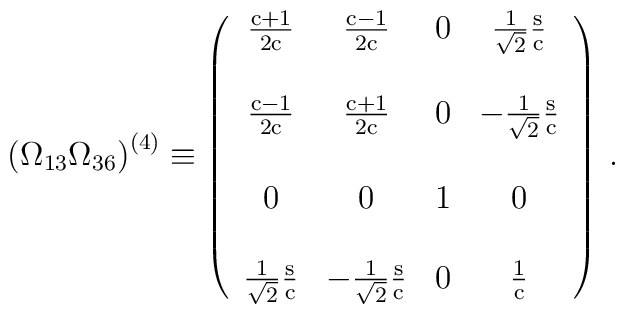
\left(\Omega_{13}\Omega_{36}\right)^{(4)} \equiv\left (\begin{array}{cccc}\frac{{\rm c}+1}{2{\rm c}} & \frac{{\rm c}-1}{2{\rm c}} &0  &\frac{1}{\sqrt{2}}\frac{{\rm s}}{{\rm c}} \\& & & \\\frac{{\rm c}-1}{2{\rm c}} & \frac{{\rm c}+1}{2{\rm c}} &0  & - \frac{1}{\sqrt{2}}\frac{{\rm s}}{{\rm c}} \\& & & \\0 & 0 & 1 & 0 \\& & & \\\frac{1}{\sqrt{2}}\frac{{\rm s}}{{\rm c}} &-\frac{1}{\sqrt{2}}\frac{{\rm s}}{{\rm c}} &0 & \frac{1}{{\rm c}} \\\end{array}\right)\, .